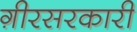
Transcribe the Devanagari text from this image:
ग़ीरसरकारी